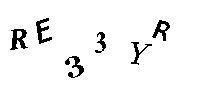
RE33YR